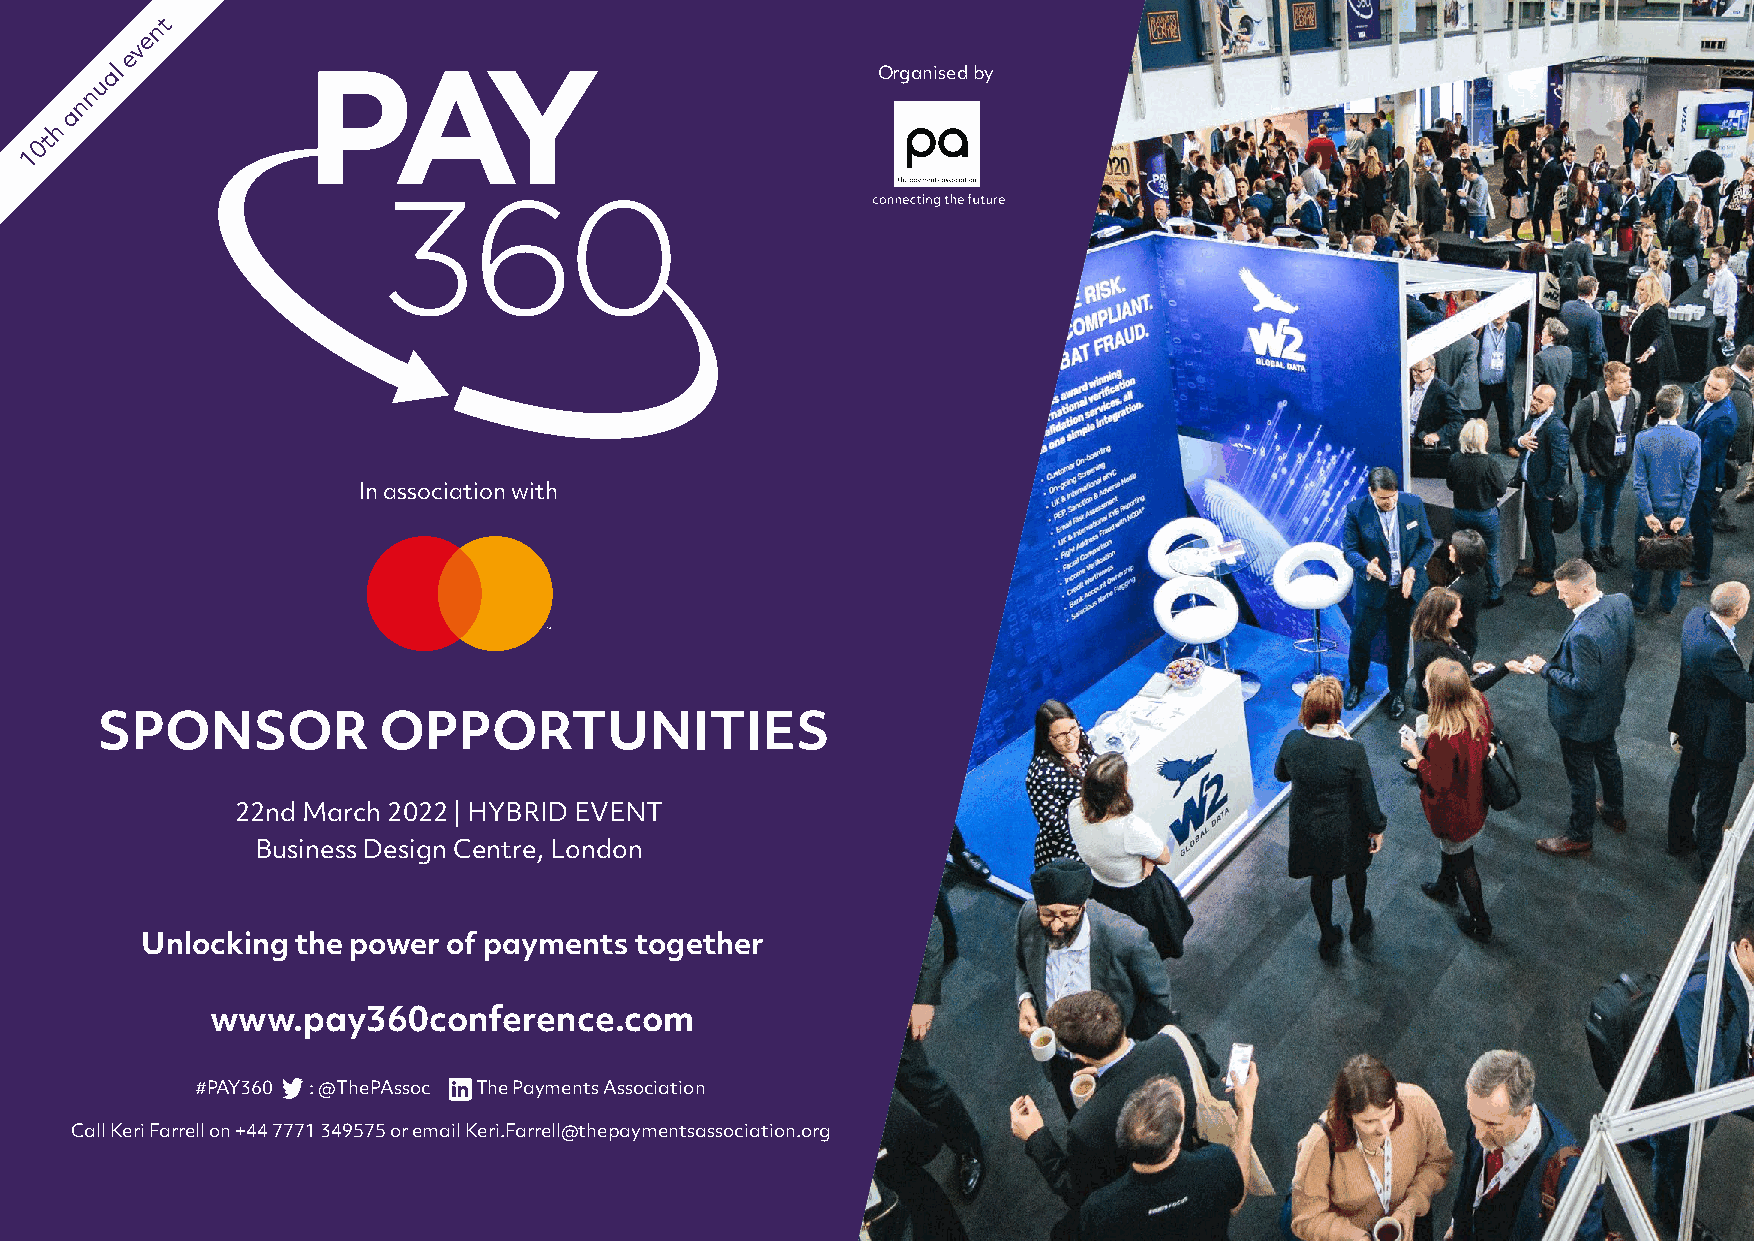
t
 n
 e
 v
 e
 al                                                 Organised by
 nu
 n
 a                                                                                    Sponsor Opportunities
 h
 t
 0
 1
 In association with
 SPONSOR            OPPORTUNITIES
 22nd March 2022 | HYBRID EVENT
 Business Design Centre, London
 Unlocking  the power of payments together
 www.pay360conference.com
 #PAY360 : @ThePAssoc : The Payments Association
 Call Keri Farrell on +44 7771 349575 or email Keri.Farrell@thepaymentsassociation.org
 1